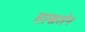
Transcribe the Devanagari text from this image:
साकलेन